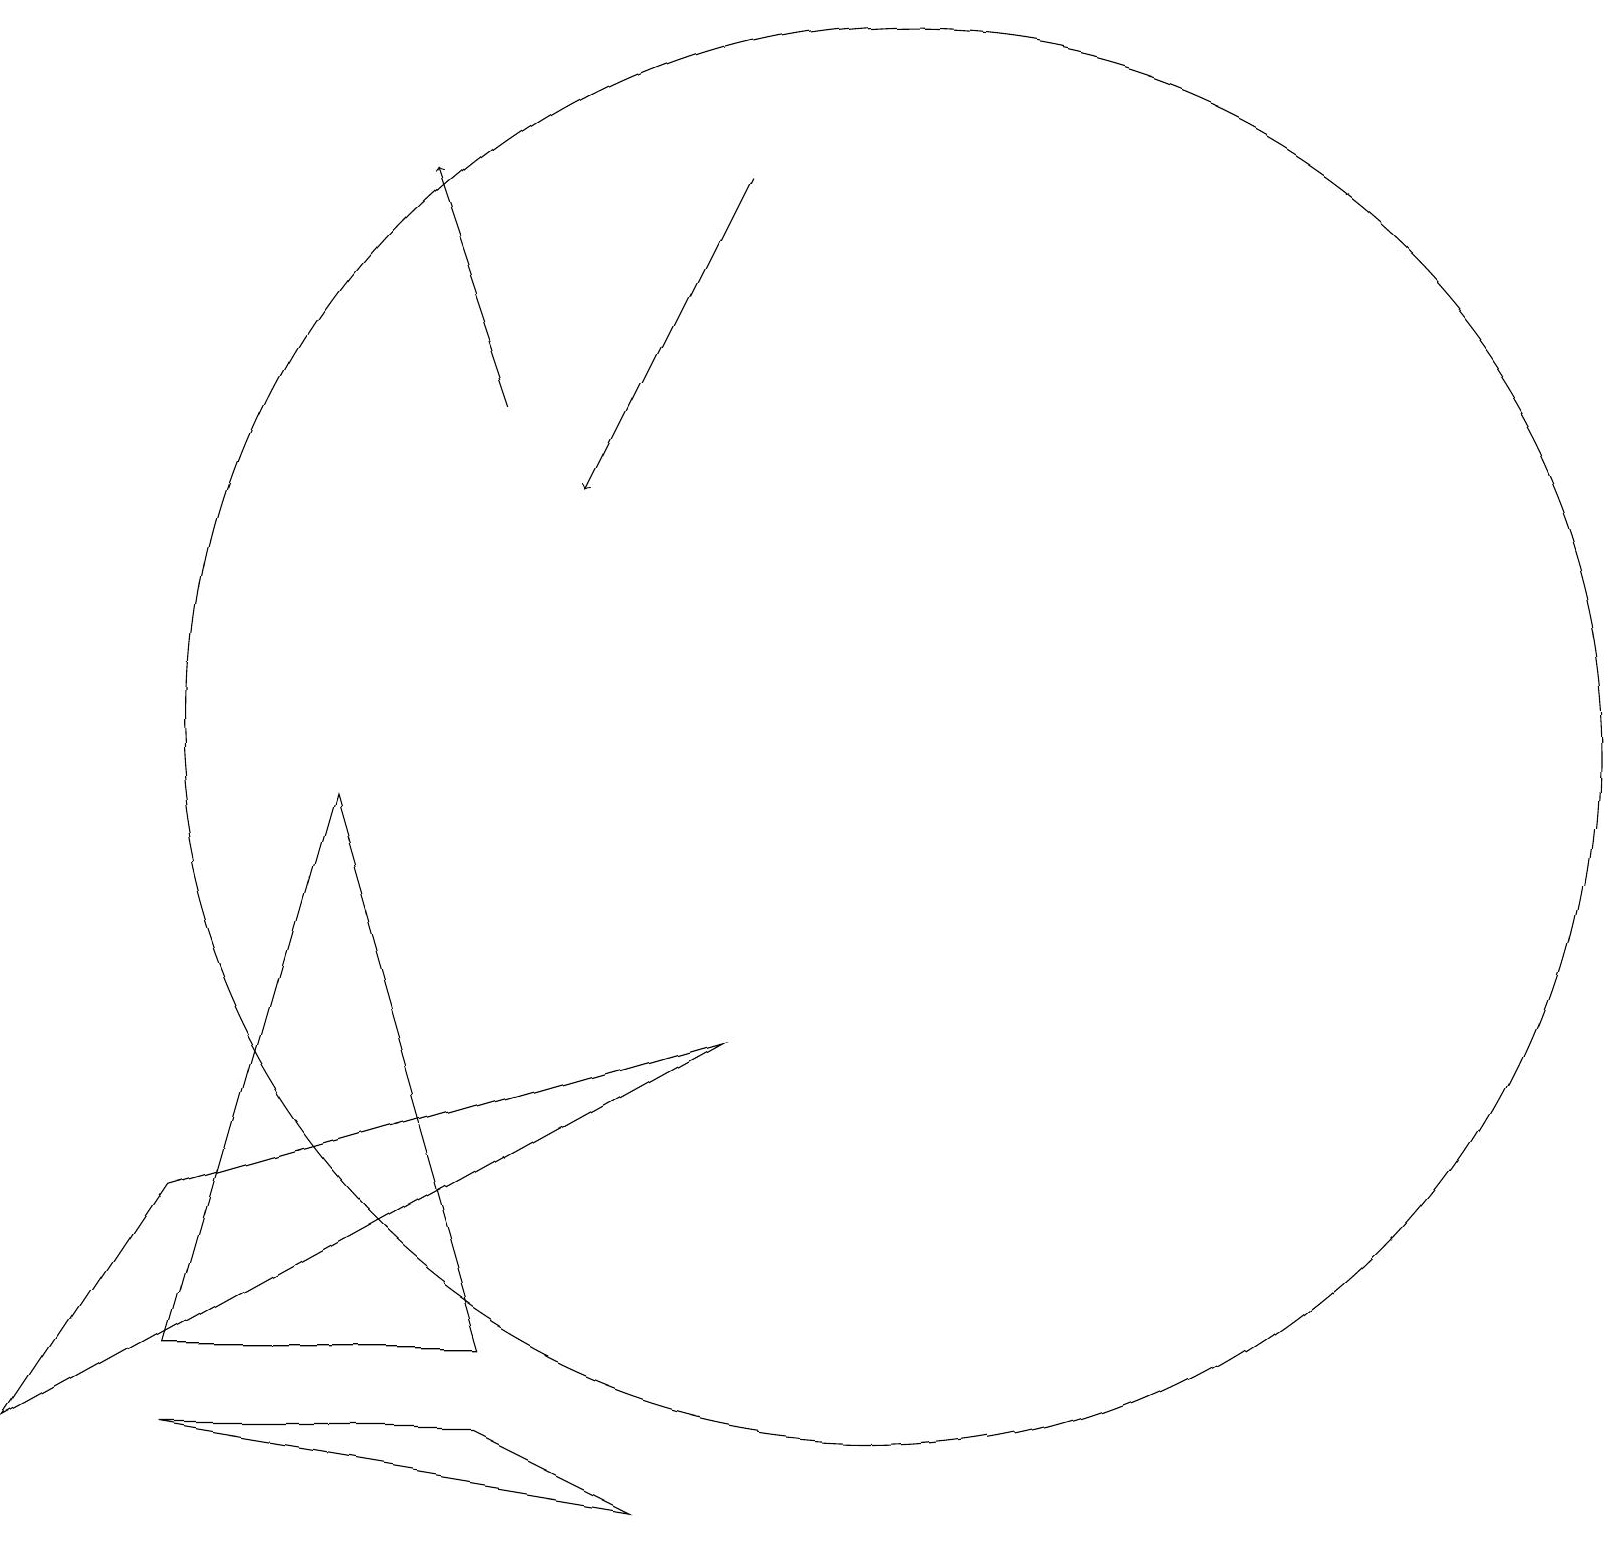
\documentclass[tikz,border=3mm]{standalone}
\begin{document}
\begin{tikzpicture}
\draw (11,10) circle (9);
\draw[->] (6,14) -- (5,17);
\draw[->] (9,17) -- (7,13);
\draw (9,6) -- (0,1) -- (2,4) -- cycle;
\draw (6,2) -- (2,2) -- (4,9) -- cycle;
\draw (6,1) -- (2,1) -- (8,0) -- cycle;
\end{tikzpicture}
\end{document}